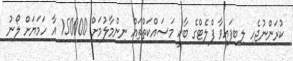
ކުރަންނުޖެހި ލިބިފައިވާ ފްލެޓްގެ ބާކީ މަސައްކަތްތައް ނިންމާލުމަށް 150000 އާ ހަމަޔަށް ލޯނު